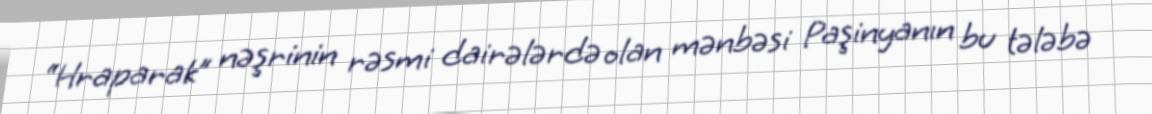
“Hraparak” nəşrinin rəsmi dairələrdə olan mənbəsi Paşinyanın bu tələbə